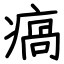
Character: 瘑